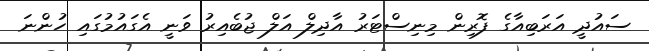
ސައުދީ އަރަބިއާގެ ފޮރިން މިނިސްޓަރު އާދިލް އަލް ޖުބެއިރު ވަނީ އެގައުމުގައި ހުންނަ